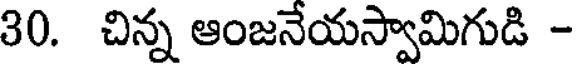
30. చిన్న ఆంజనేయస్వామిగుడి -